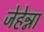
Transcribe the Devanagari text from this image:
जेहेन्ना